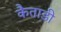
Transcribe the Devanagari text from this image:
कैताडी